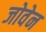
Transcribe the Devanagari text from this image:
जोवेन